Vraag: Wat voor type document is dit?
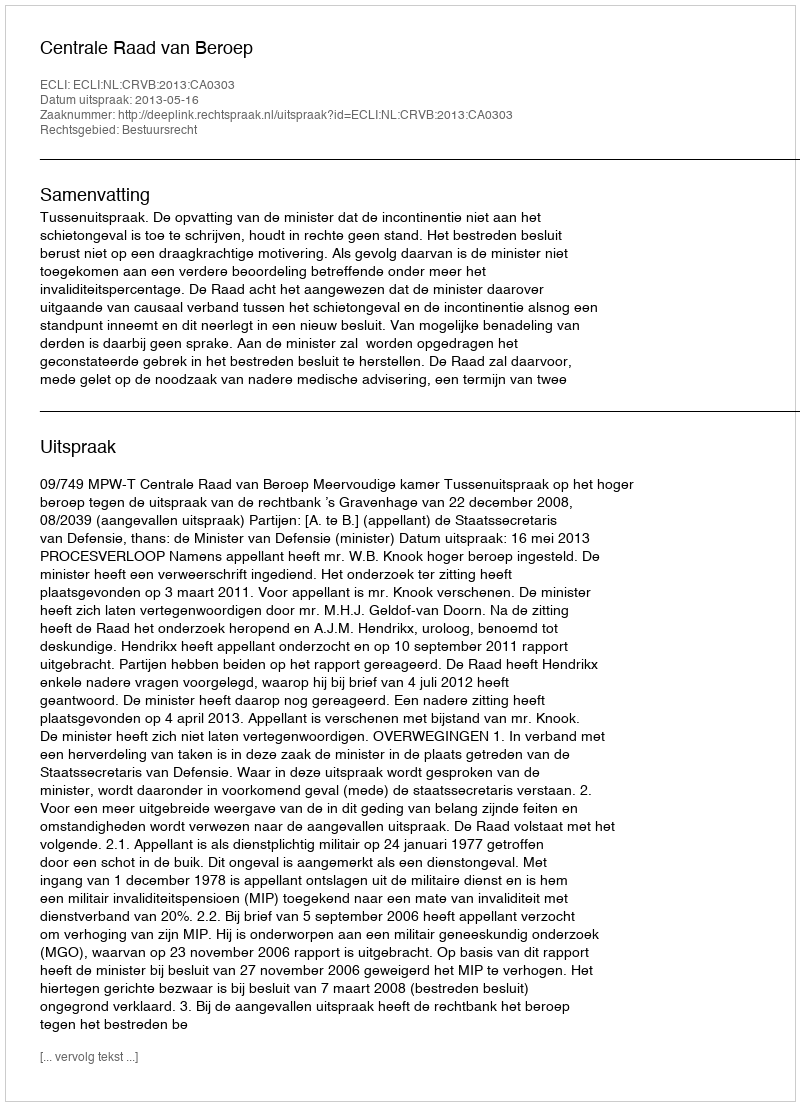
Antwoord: Uitspraak